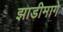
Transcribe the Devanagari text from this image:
झाडीमागे